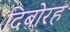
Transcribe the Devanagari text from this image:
दिबोरह